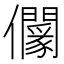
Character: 𠑡